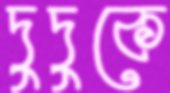
দুদুকে